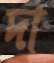
দা